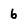
Character: 6